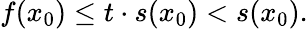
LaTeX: f(x_{0})\leq t\cdot s(x_{0})<s(x_{0}).